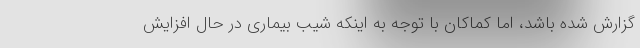
گزارش شده باشد، اما کماکان با توجه به اینکه شیب بیماری در حال افزایش